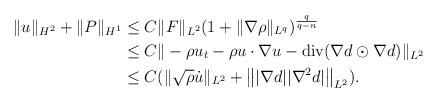
LaTeX: \begin{align*}\begin{aligned}\|u\|_{H^2}+\|P\|_{H^1}& \le C \|F\|_{L^2}(1+\|\nabla \rho\|_{L^q})^{\frac{q}{q-n}}\\& \le C \|-\rho u_t -\rho u \cdot \nabla u- {\rm div}(\nabla d \odot \nabla d)\|_{L^2}\\& \le C(\|\sqrt{\rho}\dot{u}\|_{L^2}+\left\| |\nabla d| |\nabla^2 d|\right\|_{L^2}).\end{aligned}\end{align*}